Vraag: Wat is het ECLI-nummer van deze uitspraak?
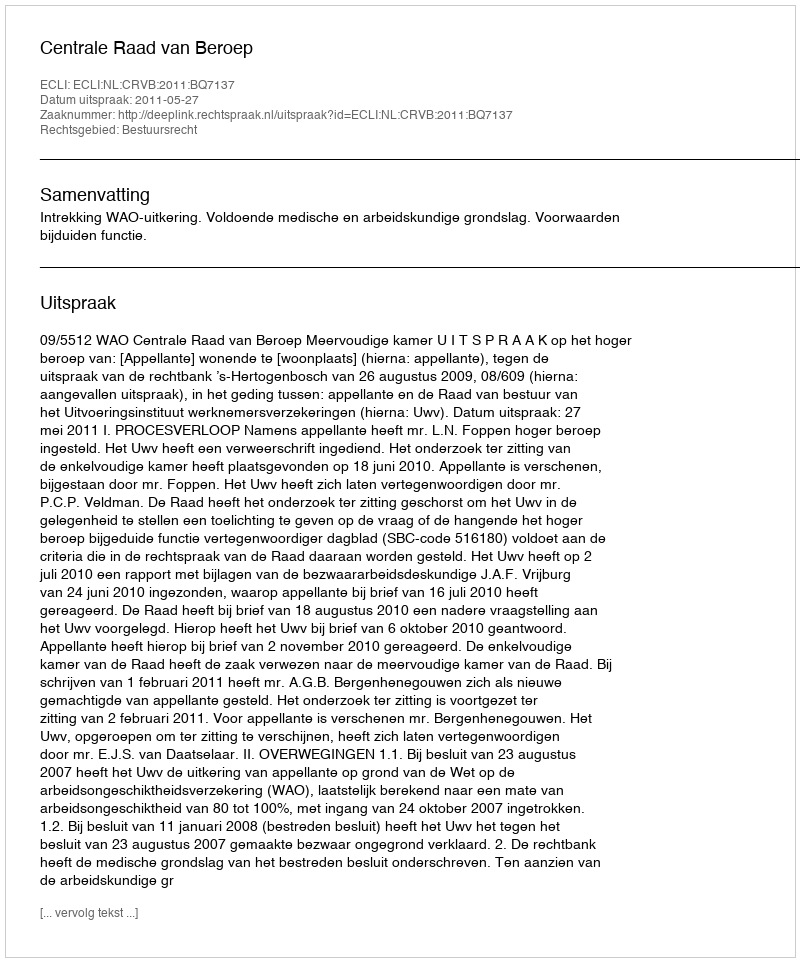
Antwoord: ECLI:NL:CRVB:2011:BQ7137